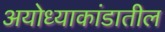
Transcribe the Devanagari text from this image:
अयोध्याकांडातील